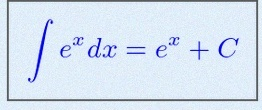
\int e^x dx=e^x+C